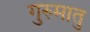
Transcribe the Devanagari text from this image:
गुरुमातु